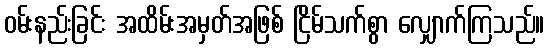
ဝမ်းနည်းခြင်း အထိမ်းအမှတ်အဖြစ် ငြိမ်သက်စွာ လျှောက်ကြသည်။